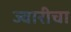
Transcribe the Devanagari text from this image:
ज्वारीचा